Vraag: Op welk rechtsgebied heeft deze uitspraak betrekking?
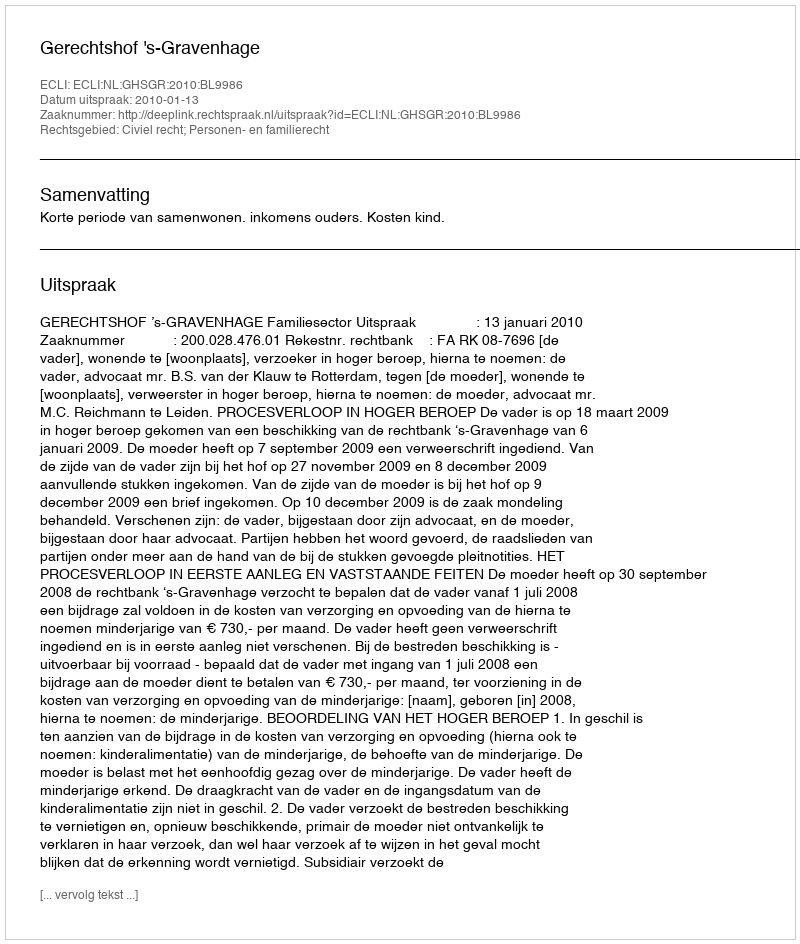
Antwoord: Civiel recht; Personen- en familierecht